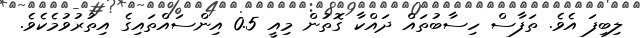
ލިބިފަ އެވެ. ތަފާސް ހިސާބުތައް ދައްކާ ގޮތުން މިއީ 0.5 އިންސައްތައިގެ އިތުރުވުމެކެވެ.